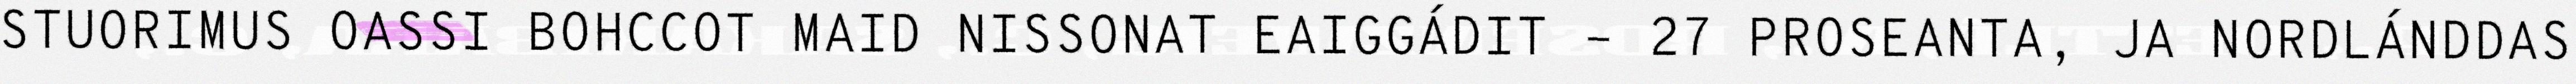
STUORIMUS OASSI BOHCCOT MAID NISSONAT EAIGGÁDIT – 27 PROSEANTA, JA NORDLÁNDDAS